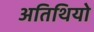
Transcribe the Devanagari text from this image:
अतिथियो